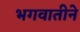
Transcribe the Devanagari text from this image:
भगवातीने